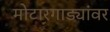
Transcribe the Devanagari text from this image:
मोटारगाड्यांवर